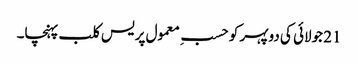
21 جولائی کی دوپہر کو حسبِ معمول پریس کلب پہنچا۔